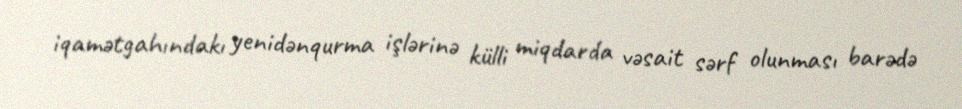
iqamətgahındakı yenidənqurma işlərinə külli miqdarda vəsait sərf olunması barədə